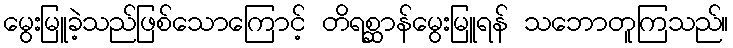
မွေးမြူခဲ့သည်ဖြစ်သောကြောင့် တိရစ္ဆာန်မွေးမြူရန် သဘောတူကြသည်။